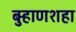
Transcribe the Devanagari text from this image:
बुर्‍हाणशहा